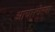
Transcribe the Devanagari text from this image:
आचारचेतना